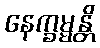
နေက္ခမ္မန္တိ